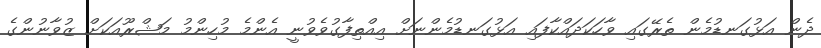
ދެން އަޅުގަނޑުމެން ތެރޭގައި ވާހަކަދައްކާފައި އަޅުގަނޑުމެންނަށް އިއްތިފާގުވެވުނީ އެންމެ މުހިންމު މަޝްރޫއަކަށް ޒުވާނުންގެ